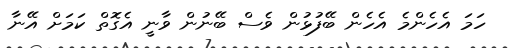
ހަމަ އެހެންމެ އެހެން ބޭފުޅުން ވެސް ބޭނުން ވާނީ އެގޮތް ކަމަށް އޭނާ